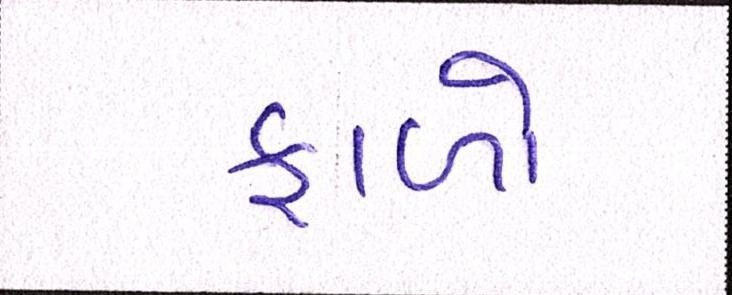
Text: ફાળો